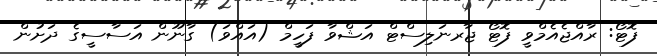
ފޮޓޯ: ރާއްޖެއެމްވީ ފޮޓޯ ޖާރނަލިސްޓް އަޝްވާ ފަހީމް (އައްވަ) ގާނޫން އަސާސީގެ ދަށުން